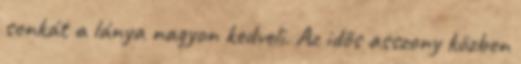
sonkát a lánya nagyon kedveli. Az idõs asszony közben